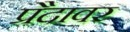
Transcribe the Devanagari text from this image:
प्रैदावर